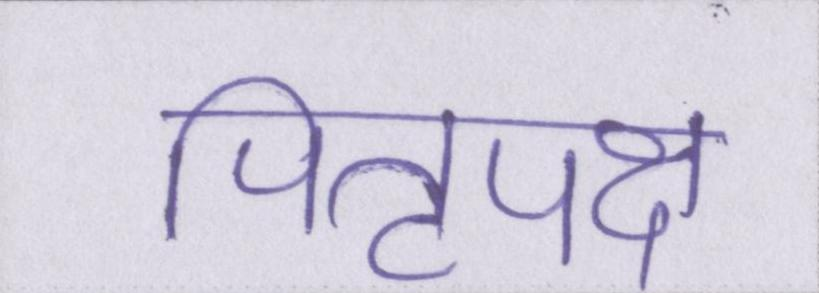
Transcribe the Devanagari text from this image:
पितृपक्ष